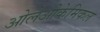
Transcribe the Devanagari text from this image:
ओलेओकेमिकल